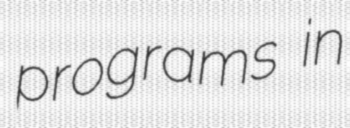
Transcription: programs in